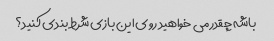
باشه چقدر می خواهید روی این بازی شرط بندی کنید؟